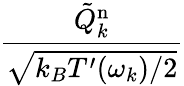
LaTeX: \frac{{\tilde{Q}}_{k}^{\mathrm{n}}}{\sqrt{k_{B}T^{\prime}(\omega_{k})/2}}